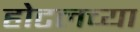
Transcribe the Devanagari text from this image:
होटलच्या